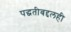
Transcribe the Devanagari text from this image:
पद्धतीबद्दलही